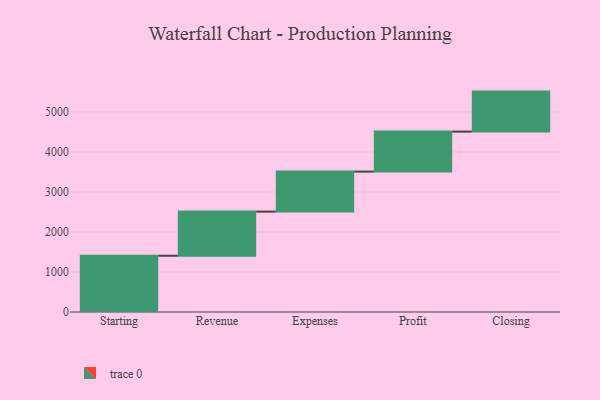
{"axis": {"x": "Step", "y": "Value"}, "legend": [""], "data": [{"x": "Starting", "y": 1406.0, "type": ""}, {"x": "Revenue", "y": 1103.0, "type": ""}, {"x": "Expenses", "y": 1000, "type": ""}, {"x": "Profit", "y": 1000, "type": ""}, {"x": "Closing", "y": 1000, "type": ""}]}